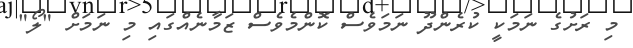
މި ރަށުގެ ނަމަކީ ކުރެންދޫ ނަމަވެސް ކޮންމެވެސް ޒަމާނެއްގައި މި ނަމަށް "ލޯ"